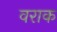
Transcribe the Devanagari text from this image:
वराक